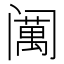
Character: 𱾣